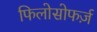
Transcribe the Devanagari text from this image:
फिलोसोफर्ज़